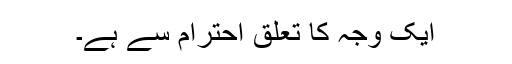
ایک وجہ کا تعلق احترام سے ہے۔